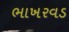
ભાખરવડ